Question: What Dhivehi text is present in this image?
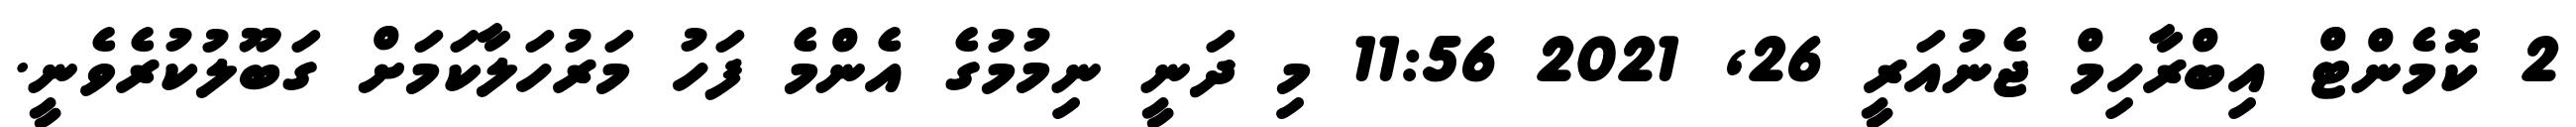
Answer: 2 ކޮމެންޓް އިބްރާހިމް ޖެނުއަރީ 26, 2021 11:56 މި ދަނީ ނިމުމުގެ އެންމެ ފަހު މަރުހަލާކަމަށް ގަބޫލުކުރެވެނީ.